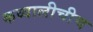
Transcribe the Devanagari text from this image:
कव्वालीचीच